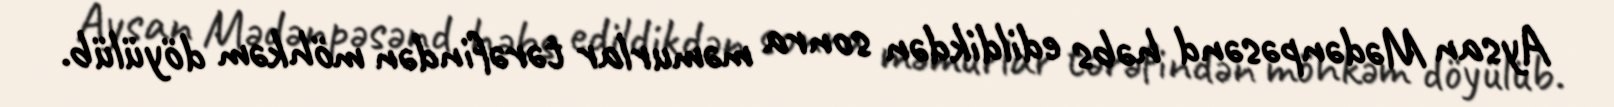
Aysan Mədənpəsənd həbs edildikdən sonra məmurlar tərəfindən möhkəm döyülüb.